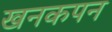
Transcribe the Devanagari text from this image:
खनकपन